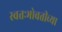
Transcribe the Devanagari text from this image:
स्वतःभोवतीच्या